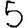
Digit: 5